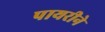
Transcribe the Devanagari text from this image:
पायरीने